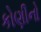
કોણીનો